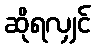
ဆိုရလျှင်